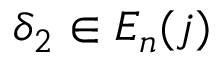
\delta _ { 2 } \in E _ { n } ( j )